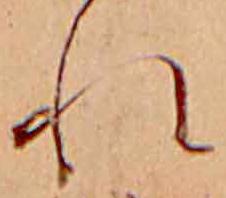
れ